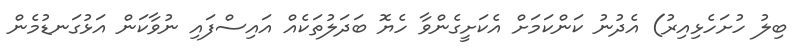
ބިލު ހުށަހެޅިއިރު) އެދުނު ކަންކަމަށް އެކަށީގެންވާ ހެޔޮ ބަދަލުތަކެއް އައިސްފައި ނުވާކަން އަޅުގަނޑުމެން